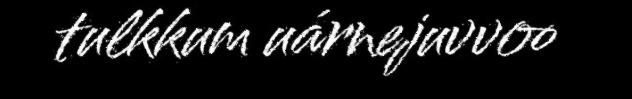
tulkkum uárnejuvvoo